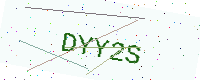
Text: DYY2S